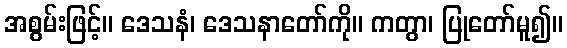
အစွမ်းဖြင့်။ ဒေသနံ၊ ဒေသနာတော်ကို။ ကတွာ၊ ပြုတော်မူ၍။